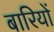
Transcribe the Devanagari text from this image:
बारियों